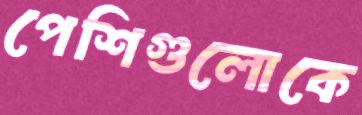
পেশিগুলোকে